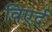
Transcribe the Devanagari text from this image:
विएर्द